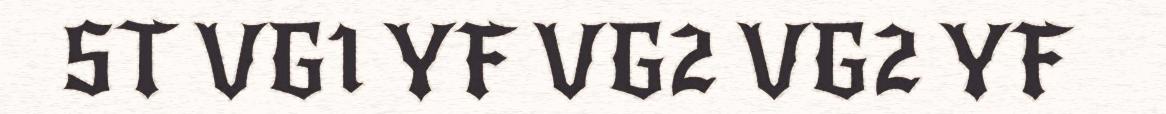
ST VG1 YF VG2 VG2 YF